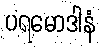
ပရမောဒါနံ